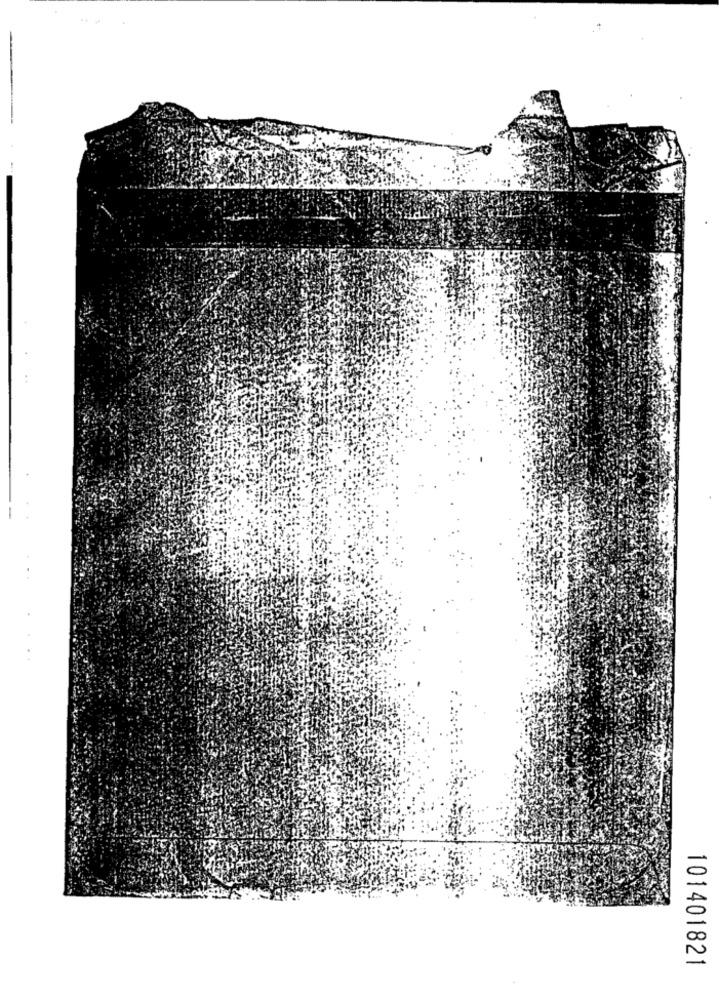
101401821